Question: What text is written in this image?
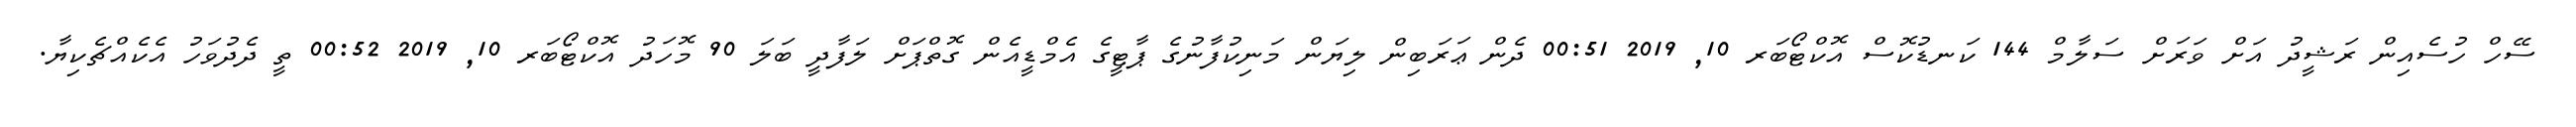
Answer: ސޭހް ހުސެއިން ރަޝީދު އަށް ވަރަށް ސަލާމް 144 ކަނޑުކޮސް އޮކްޓޯބަރ 10, 2019 00:51 ދެން ޢަރަބިން ލިޔަން މަނިކުފާނުގެ ޕާޓީގެ އެމްޑީއެން ގޮތްޕަށް ލަފާދީ ބަލަ 90 މޮހަދު އޮކްޓޯބަރ 10, 2019 00:52 ތީ ދެދުވަހު އެކެއްޗެކިޔާ.